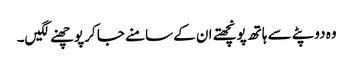
وہ دوپٹے سے ہاتھ پونچھتے ان کے سامنے جا کر پوچھنے لگیں۔